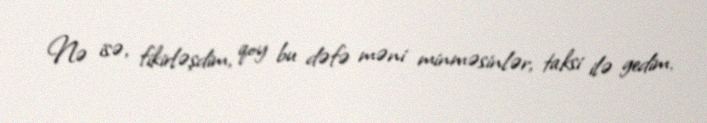
Nə isə, fikirləşdim, qoy bu dəfə məni minməsinlər, taksi ilə gedim.